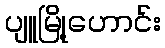
ပျူမြို့ဟောင်း